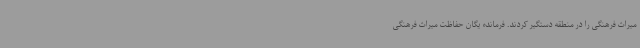
میراث فرهنگی را در منطقه دستگیر کردند. فرمانده یگان حفاظت میراث فرهنگی